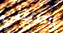
وصلتني